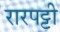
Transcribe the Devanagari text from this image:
रारपट्टी